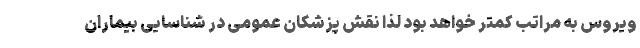
ویروس به مراتب کمتر خواهد بود لذا نقش پزشکان عمومی در شناسایی بیماران